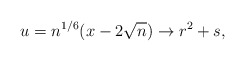
\begin{align*}u=n^{1/6}(x-2\sqrt{n})\to r^2+s,\end{align*}